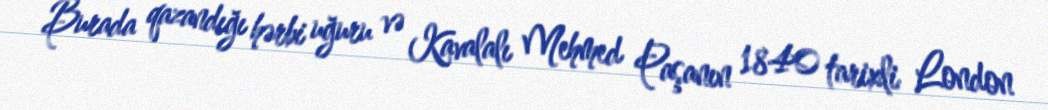
Burada qazandığı hərbi uğuru və Kavalalı Mehmed Paşanın 1840 tarixli London